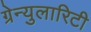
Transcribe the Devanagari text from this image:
ग्रेन्युलारिटी